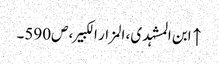
↑ ابن المشہدی، المزار الکبیر، ص590۔